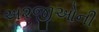
અ૨જીઓની